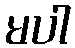
မပါ